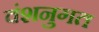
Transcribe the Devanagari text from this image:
वंशनुगत